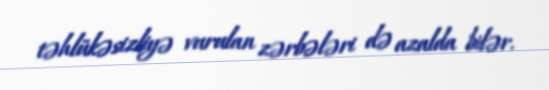
təhlükəsizliyə vurulan zərbələri də azalda bilər.